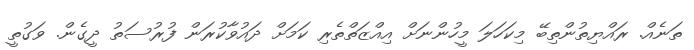
ތަނެއް. ރައްޔިތުންތިބޭ މިކަހަލަ މީހުންނަށް އިއްޒަތްތެރި ކަމަށް ދައުވާކުރަން ފުރުސަތު ދީގެން. ވަގުތީ